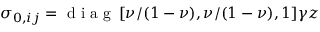
\sigma _ { 0 , i j } = \mathrm { ~ d ~ i ~ a ~ g ~ } \, [ \nu / ( 1 - \nu ) , \nu / ( 1 - \nu ) , 1 ] \gamma z